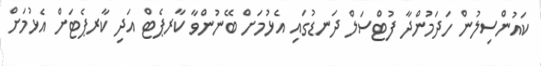
ކައުންސިލުން ހަދަމުންދާ ފުޓްސަލް ދަނޑުގައި އެޅުމަށް ބޭނުންވާ ކާރޕެޓް އަދި ކާރޕެޓަށް އެޅުމަށް